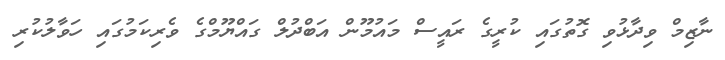
ނާޒިމް ވިދާޅުވި ގޮތުގައި ކުރީގެ ރައީސް މައުމޫން އަބްދުލް ގައްޔޫމްގެ ވެރިކަމުގައި ހަވާލުކުރި